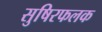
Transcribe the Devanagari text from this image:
सुषिरफलक